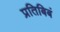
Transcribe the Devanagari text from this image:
प्रतिबिबं